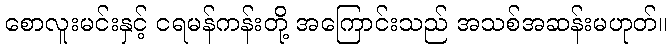
စောလူးမင်းနှင့် ငရမန်ကန်းတို့ အကြောင်းသည် အသစ်အဆန်းမဟုတ်။